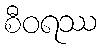
စီဝရဿ